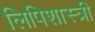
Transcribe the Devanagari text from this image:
लिपिशास्त्री